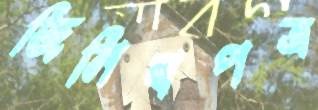
জিনিষপত্র